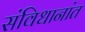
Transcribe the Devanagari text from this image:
संविधानांत